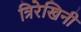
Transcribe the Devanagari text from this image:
त्रिरेखिनी